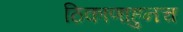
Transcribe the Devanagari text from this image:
ठिकाणाहुनच